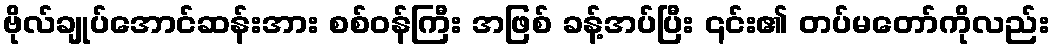
ဗိုလ်ချုပ်အောင်ဆန်းအား စစ်ဝန်ကြီး အဖြစ် ခန့်အပ်ပြီး ၎င်း၏ တပ်မတော်ကိုလည်း